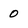
Character: 0